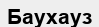
Баухауз